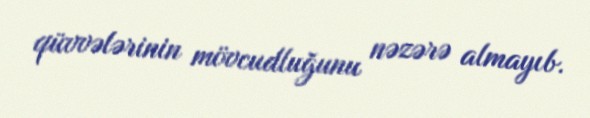
qüvvələrinin mövcudluğunu nəzərə almayıb.